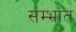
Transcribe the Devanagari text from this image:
संम्भ्रांत